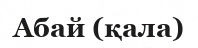
Абай (қала)